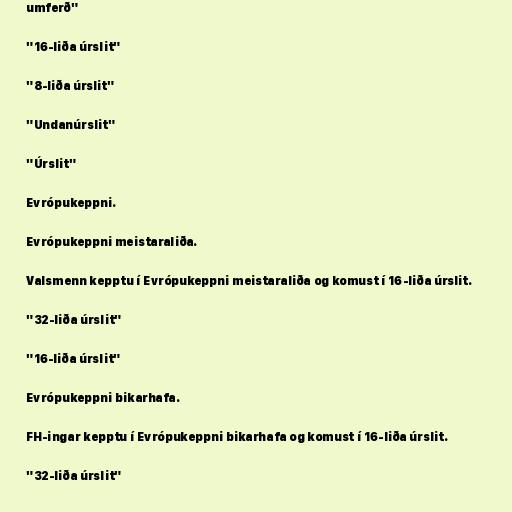
umferð"

"16-liða úrslit"

"8-liða úrslit"

"Undanúrslit"

"Úrslit"

Evrópukeppni.

Evrópukeppni meistaraliða.

Valsmenn kepptu í Evrópukeppni meistaraliða og komust í 16-liða úrslit.

"32-liða úrslit"

"16-liða úrslit"

Evrópukeppni bikarhafa.

FH-ingar kepptu í Evrópukeppni bikarhafa og komust í 16-liða úrslit.

"32-liða úrslit"